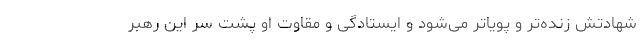
شهادتش زنده‌تر و پویاتر می‌شود و ایستادگی و مقاوت او پشت سر این رهبر